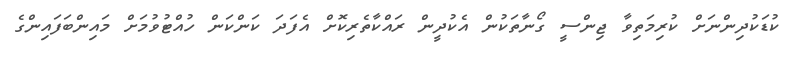
ކުޑަކުދިންނަށް ކުރިމަތިވާ ޖިންސީ ގޯނާތަކުން އެކުދީން ރައްކާތެރިކޮށް އެފަދަ ކަންކަން ހުއްޓުވުމަށް މައިންބަފައިންގެ